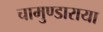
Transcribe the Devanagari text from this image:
चामुण्डाराया